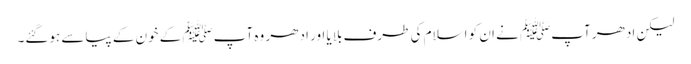
لیکن ادھر آپﷺ نے ان کو اسلام کی طرف بلایا اور ادھر وہ آپﷺ کے خون کے پیاسے ہوگئے۔